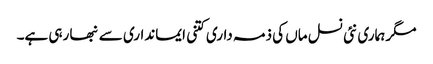
مگر ہماری نئی نسل ماں کی ذمہ داری کتنی ایمانداری سے نبھا رہی ہے۔